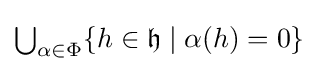
{\textstyle \bigcup _{\alpha \in \Phi }\{h\in {\mathfrak {h}}\mid \alpha (h)=0\}}